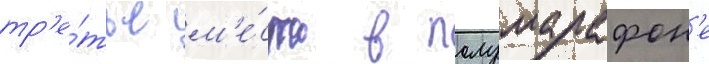
тр'е́тье м'е́сто в полумарафон'е